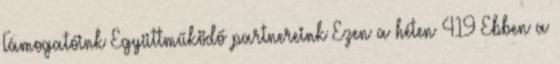
Támogatóink Együttműködő partnereink Ezen a héten 419 Ebben a